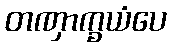
တဏှာက္ခယံပေ